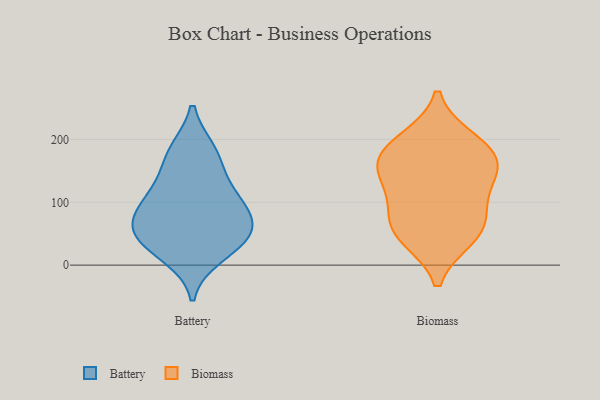
{"axis": {"x": "Humidity (%)", "y": "Value"}, "legend": ["Battery", "Biomass"], "data": [{"x": "", "y": 16, "type": "Battery"}, {"x": "", "y": 176, "type": "Battery"}, {"x": "", "y": 87, "type": "Battery"}, {"x": "", "y": 113, "type": "Battery"}, {"x": "", "y": 128, "type": "Battery"}, {"x": "", "y": 81, "type": "Battery"}, {"x": "", "y": 39, "type": "Battery"}, {"x": "", "y": 70, "type": "Battery"}, {"x": "", "y": 46, "type": "Battery"}, {"x": "", "y": 181, "type": "Battery"}, {"x": "", "y": 44, "type": "Battery"}, {"x": "", "y": 44, "type": "Biomass"}, {"x": "", "y": 48, "type": "Biomass"}, {"x": "", "y": 190, "type": "Biomass"}, {"x": "", "y": 163, "type": "Biomass"}, {"x": "", "y": 69, "type": "Biomass"}, {"x": "", "y": 88, "type": "Biomass"}, {"x": "", "y": 163, "type": "Biomass"}, {"x": "", "y": 126, "type": "Biomass"}, {"x": "", "y": 199, "type": "Biomass"}, {"x": "", "y": 146, "type": "Biomass"}]}